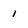
Character: 1